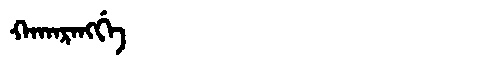
Manchu: ᡴᠠᡴᠠᡵᠠᠩᡤᡝ
Romanization: KAKARANGGE